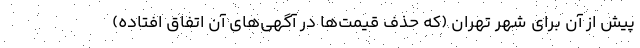
پیش از آن برای شهر تهران (که حذف قیمت‌ها در آگهی‌های آن اتفاق افتاده)